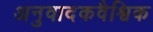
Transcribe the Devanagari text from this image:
अनुवादकवैश्विक